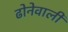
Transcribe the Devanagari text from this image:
ढोनेवाली